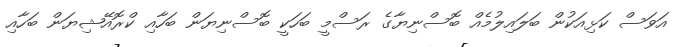
އަވަސް ކަޅިއަކުން ބަލައިލުމެއް ބޮސްނިޔާގެ ރަސްމީ ބަހަކީ ބޮސްނިޔަން ބަހާއި ކްރޮއޭޝިޔަން ބަހާއި